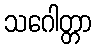
သဂေါတ္တာ